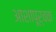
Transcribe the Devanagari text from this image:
आशापूर्वक